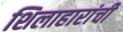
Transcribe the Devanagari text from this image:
शिलाहारांची